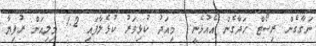
ނަގާގެން ރިސޯޓް ހަދާގެން އެއުޅެނީ.. މިއަދު ކުޅިވަރު ކުޅެލާފައި 1.2 މިލިއަން ރުފިޔާ